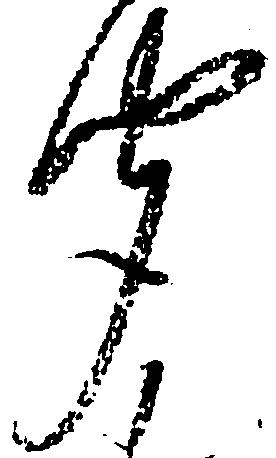
聞